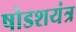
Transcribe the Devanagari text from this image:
षोडशयंत्र